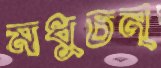
মধুচন্